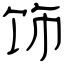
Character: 饰